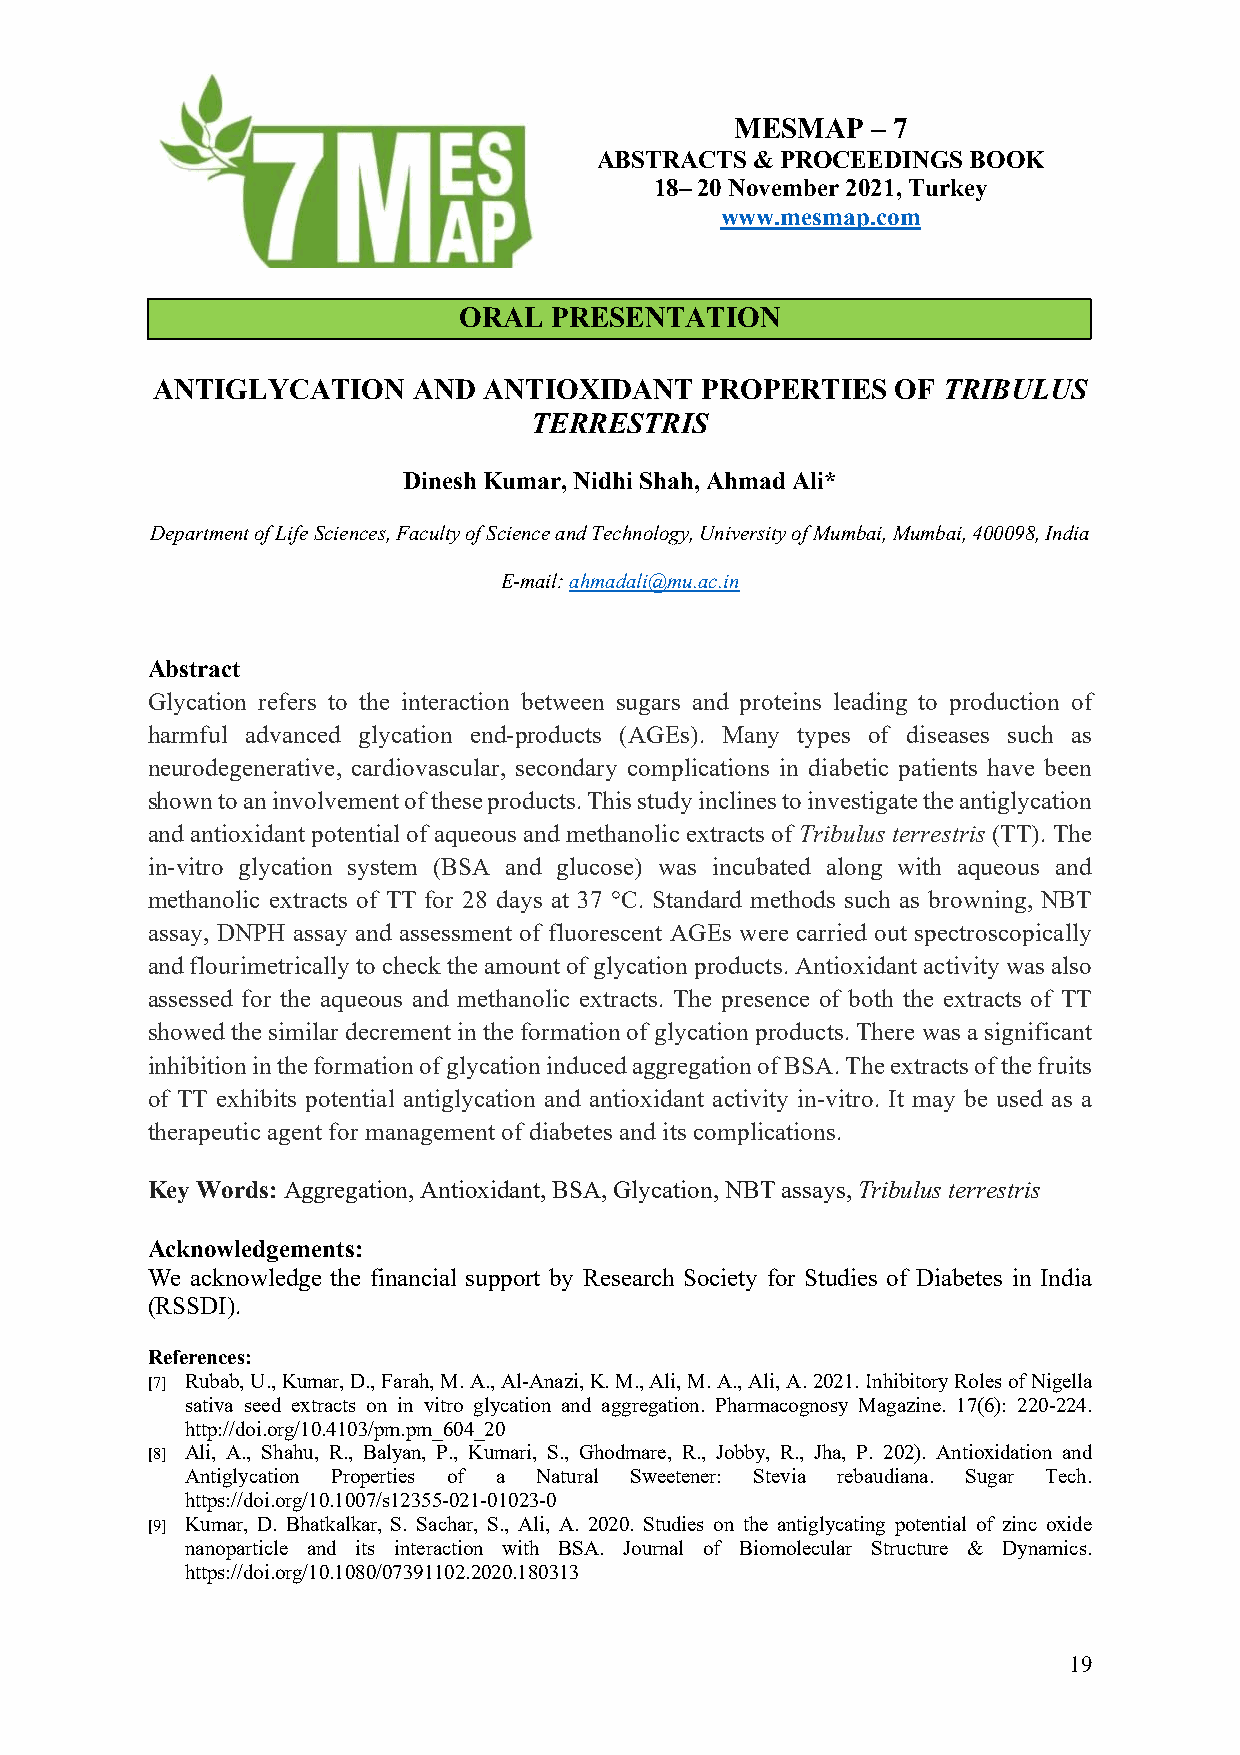
MESMAP   – 7
 ABSTRACTS  & PROCEEDINGS BOOK
 18– 20 November 2021, Turkey
 www.mesmap.com
 ORAL  PRESENTATION
 ANTIGLYCATION    AND  ANTIOXIDANT   PROPERTIES   OF TRIBULUS
 TERRESTRIS
 Dinesh Kumar, Nidhi Shah, Ahmad Ali*
 Department of Life Sciences, Faculty of Science and Technology, University of Mumbai, Mumbai, 400098, India
 E-mail: ahmadali@mu.ac.in
 Abstract
 Glycation refers to the interaction between sugars and proteins leading to production of
 harmful advanced glycation end-products (AGEs). Many types of diseases such as
 neurodegenerative, cardiovascular, secondary complications in diabetic patients have been
 shown to an involvement of these products. This study inclines to investigate the antiglycation
 and antioxidant potential of aqueous and methanolic extracts of Tribulus terrestris (TT). The
 in-vitro glycation system (BSA and glucose) was incubated along with aqueous and
 methanolic extracts of TT for 28 days at 37 °C. Standard methods such as browning, NBT
 assay, DNPH assay and assessment of fluorescent AGEs were carried out spectroscopically
 and flourimetrically to check the amount of glycation products. Antioxidant activity was also
 assessed for the aqueous and methanolic extracts. The presence of both the extracts of TT
 showed the similar decrement in the formation of glycation products. There was a significant
 inhibition in the formation of glycation induced aggregation of BSA. The extracts of the fruits
 of TT exhibits potential antiglycation and antioxidant activity in-vitro. It may be used as a
 therapeutic agent for management of diabetes and its complications.
 Key Words: Aggregation, Antioxidant, BSA, Glycation, NBT assays, Tribulus terrestris
 Acknowledgements:
 We acknowledge the financial support by Research Society for Studies of Diabetes in India
 (RSSDI).
 References:
 [7] Rubab, U., Kumar, D., Farah, M. A., Al-Anazi, K. M., Ali, M. A., Ali, A. 2021. Inhibitory Roles of Nigella
 sativa seed extracts on in vitro glycation and aggregation. Pharmacognosy Magazine. 17(6): 220-224.
 http://doi.org/10.4103/pm.pm_604_20
 [8] Ali, A., Shahu, R., Balyan, P., Kumari, S., Ghodmare, R., Jobby, R., Jha, P. 202). Antioxidation and
 Antiglycation Properties of a Natural Sweetener: Stevia rebaudiana. Sugar Tech.
 https://doi.org/10.1007/s12355-021-01023-0
 [9] Kumar, D. Bhatkalkar, S. Sachar, S., Ali, A. 2020. Studies on the antiglycating potential of zinc oxide
 nanoparticle and its interaction with BSA. Journal of Biomolecular Structure & Dynamics.
 https://doi.org/10.1080/07391102.2020.180313
 19